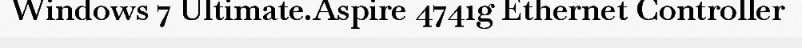
Windows 7 Ultimate.Aspire 4741g Ethernet Controller